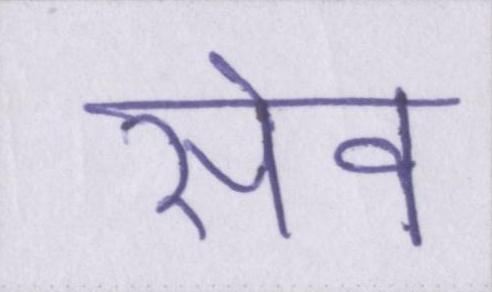
सेव